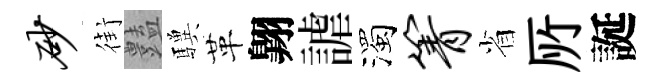
砂街𧰟驥革翺謔濁箐省𠩄誕